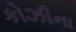
કોઝીના